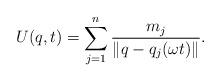
LaTeX: \begin{align*}U(q,t) = \sum_{j=1}^n \frac{m_j}{\|q-q_j(\omega t)\|}.\end{align*}